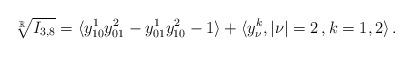
LaTeX: \begin{align*} \sqrt[\mathbb{R}]{I_{3,8}}=\langle y^1_{10}y^2_{01}-y^1_{01}y^2_{10}-1\rangle+ \langle y^k_\nu, |\nu|=2\,, k=1,2\rangle\,.\end{align*}